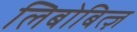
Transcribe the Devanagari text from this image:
लिबोबित्ज़